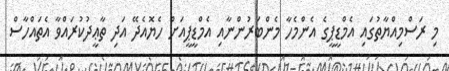
މި ރަސްމިއްޔާތުގައި އެމްޑީޕީގެ އެންމެހާ މެންބަރުންނާއި އެމްޑީޕީއަށް ހެޔޮއެދޭ އަދި ތާޢީދުކުރައްވާ އެތައްހާސް